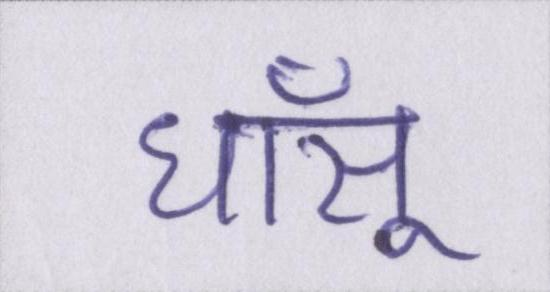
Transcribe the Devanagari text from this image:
धाँसू